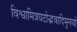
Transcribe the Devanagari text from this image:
विश्वामित्रघटोद्भवादिमुनयो